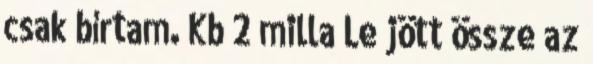
csak bírtam. Kb 2 milla Le jött össze az